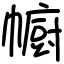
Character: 幮